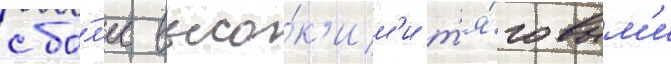
с бо́л'ее высо́к'им'и т'я́говым'и